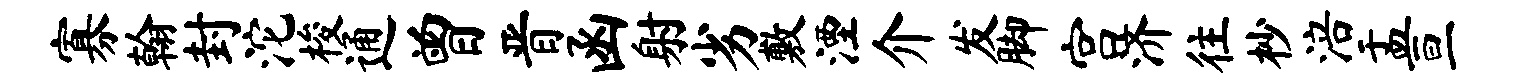
寡翰封沱梭通曾晋函射劣敷湮介发脚宫济往杪涪盂亘